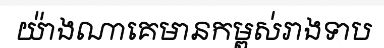
យ៉ាងណាគេមានកម្ពស់រាងទាប